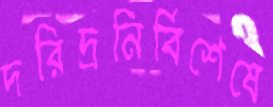
দরিদ্রনির্বিশেষে